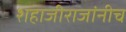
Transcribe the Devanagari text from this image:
शहाजीराजांनीच